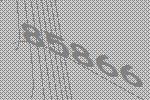
85866